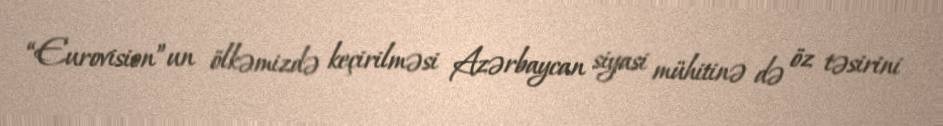
“Eurovision”un ölkəmizdə keçirilməsi Azərbaycan siyasi mühitinə də öz təsirini